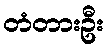
တံတားဦး